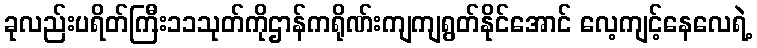
ခုလည်းပရိတ်ကြီး၁၁သုတ်ကိုဌာန်ကရိုဏ်းကျကျရွတ်နိုင်အောင် လေ့ကျင့်နေလေရဲ့